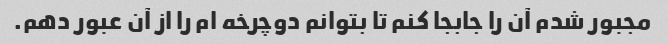
مجبور شدم آن را جابجا کنم تا بتوانم دوچرخه ام را از آن عبور دهم.